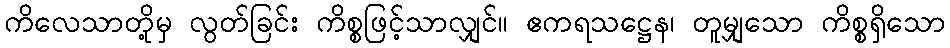
ကိလေသာတို့မှ လွတ်ခြင်း ကိစ္စဖြင့်သာလျှင်။ ဧကရသဋ္ဌေန၊ တူမျှသော ကိစ္စရှိသော